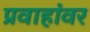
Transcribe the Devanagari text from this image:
प्रवाहांवर